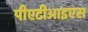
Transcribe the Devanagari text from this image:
पीएटीआइएस